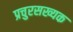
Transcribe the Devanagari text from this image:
प्रचुरसख्यक